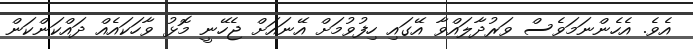
އެވެ. އެހެންނަމަވެސް ވަރުދާލައްވާ އޭގައި ހިފުވުމަށް އޭނައަށް ޖެހޭނީ މޮޅު ވާހަކައެއް ދައްކަންކަން